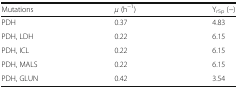
| Mutations | μ (h−1) | Yr5p (−) |
 | --- | --- | --- |
 | PDH | 0.37 | 4.83 |
 | PDH, LDH | 0.22 | 6.15 |
 | PDH, ICL | 0.22 | 6.15 |
 | PDH, MALS | 0.22 | 6.15 |
 | PDH, GLUN | 0.42 | 3.54 |